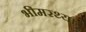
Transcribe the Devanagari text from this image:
भीमरथ्या